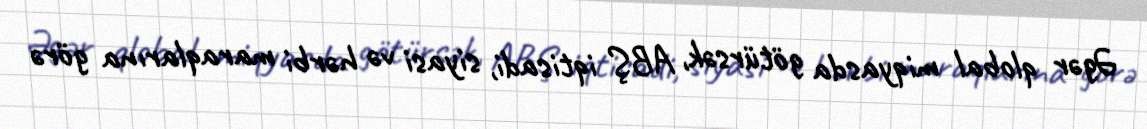
Əgər qlobal miqyasda götürsək, ABŞ iqtisadi, siyasi və hərbi maraqlarına görə